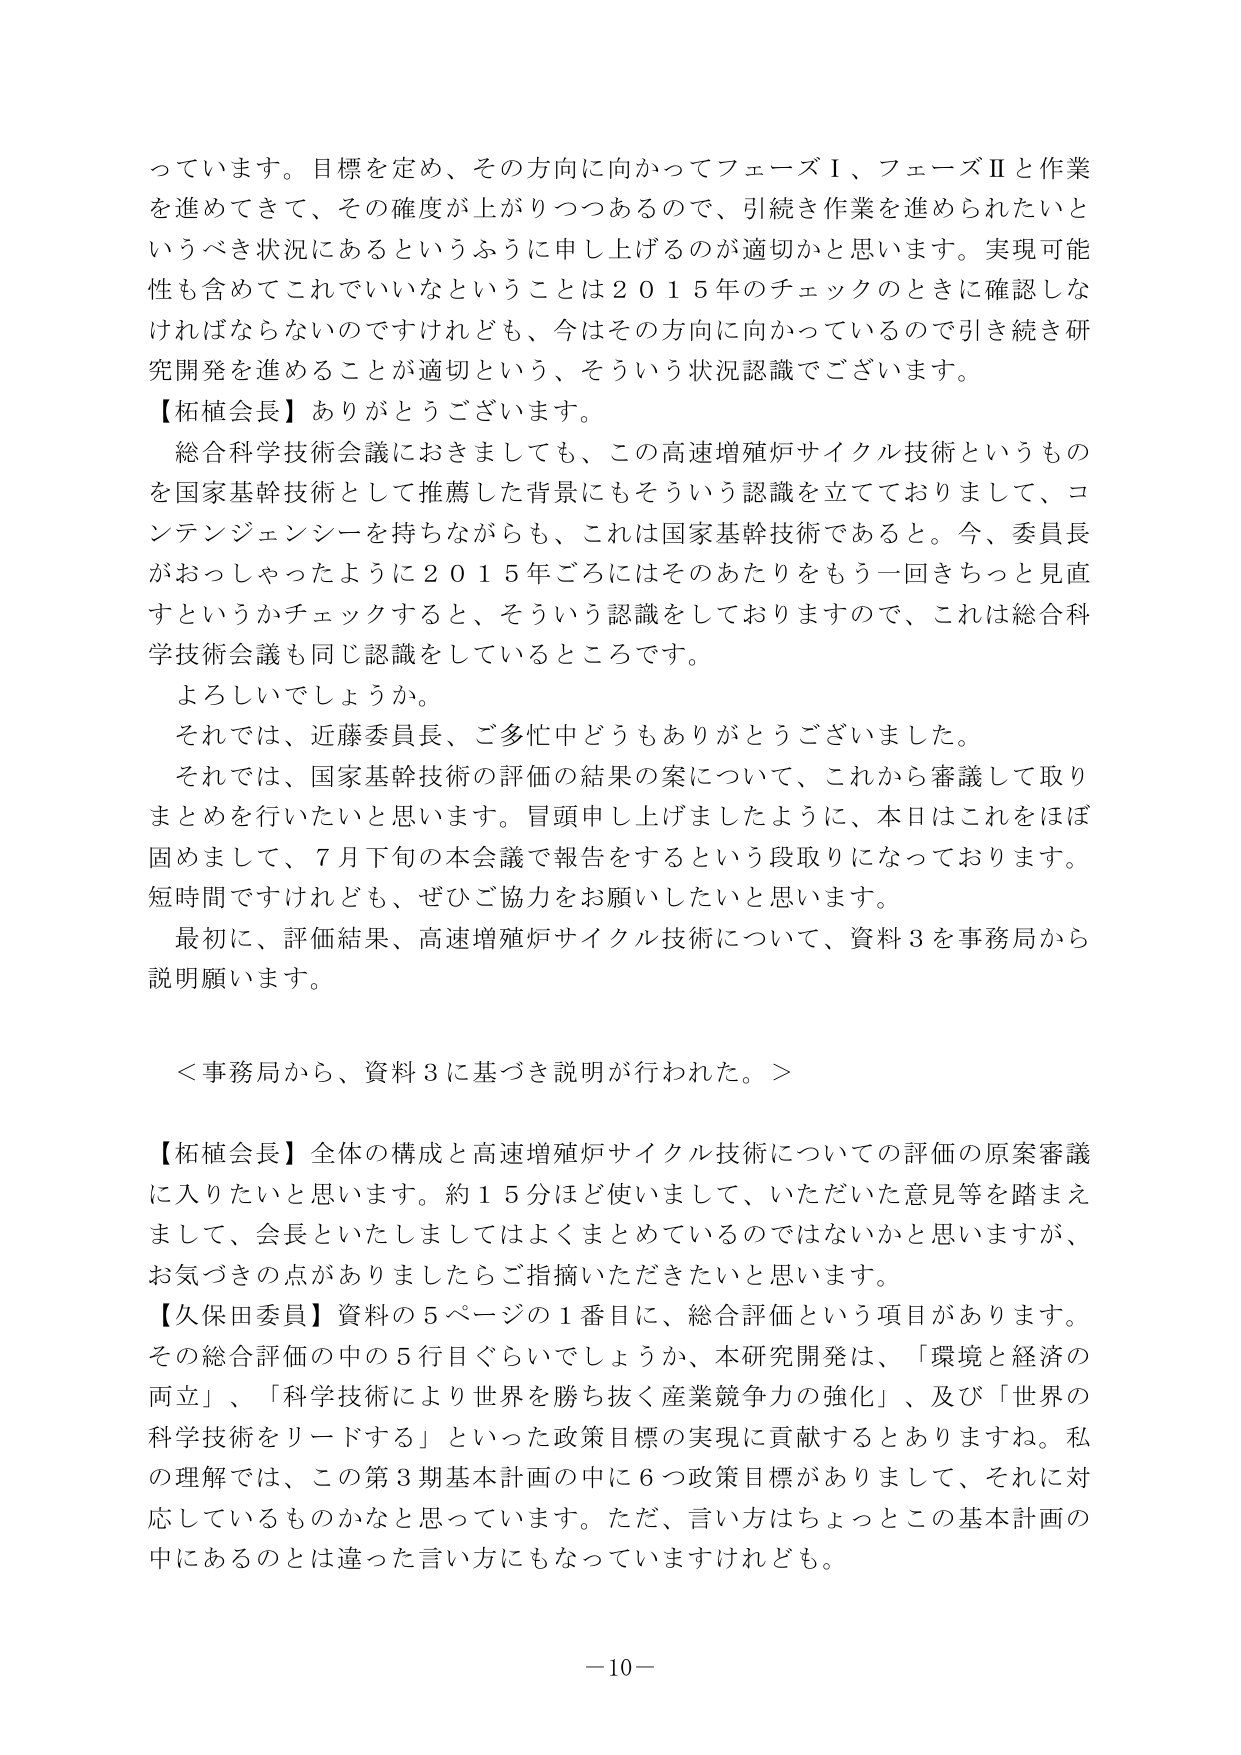
っています。目標を定め、その方向に向かってフェーズⅠ、フェーズⅡと作業を進めてきて、その確度が上がりつつあるので、引続き作業を進められたいというべき状況にあるというふうに申し上げるのが適切かと思います。実現可能性も含めてこれでいいなということは２０１５年のチェックのときに確認しなければならないのですけれども、今はその方向に向かっているので引き続き研究開発を進めることが適切という、そういう状況認識でございます。

【柘植会長】ありがとうございます。

総合科学技術会議におきましても、この高速増殖炉サイクル技術というものを国家基幹技術として推薦した背景にもそういう認識を立てておりまして、コンテンジェンシーを持ちながらも、これは国家基幹技術であると。今、委員長がおっしゃったように２０１５年ごろにはそのあたりをもう一回きちっと見直すというかチェックすると、そういう認識をしておりますので、これは総合科学技術会議も同じ認識をしているところです。

よろしいでしょうか。

それでは、近藤委員長、ご多忙中どうもありがとうございました。

それでは、国家基幹技術の評価の結果の案について、これから審議して取りまとめを行いたいと思います。冒頭申し上げましたように、本日はこれをほぼ固めまして、７月下旬の本会議で報告をするという段取りになっております。短時間ですけれども、ぜひご協力をお願いしたいと思います。

最初に、評価結果、高速増殖炉サイクル技術について、資料３を事務局から説明願います。

＜事務局から、資料３に基づき説明が行われた。＞

【柘植会長】全体の構成と高速増殖炉サイクル技術についての評価の原案審議に入りたいと思います。約１５分ほど使いまして、いただいた意見等を踏まえまして、会長といたしましてはよくまとめてているのではないかと思いますが、お気づきの点がありましたらご指摘いただきたいと思います。

【久保田委員】資料の５ページの１番目に、総合評価という項目があります。その総合評価の中の５行目ぐらいでしょうか、本研究開発は、「環境と経済の両立」、「科学技術により世界を勝ち抜く産業競争力の強化」、及び「世界の科学技術をリードする」といった政策目標の実現に貢献するとありますね。私の理解では、この第３期基本計画の中に６つ政策目標がありまして、それに対応しているものかなと思っています。ただ、言い方はちょっとこの基本計画の中にあるのとは違った言い方にもなっていますけれども。

－10－